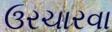
ઉરચારવા